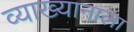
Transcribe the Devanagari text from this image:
व्याख्यानाला